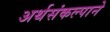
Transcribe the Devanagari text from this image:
अर्थसंकल्पाने